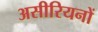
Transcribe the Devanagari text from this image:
असीरियनों